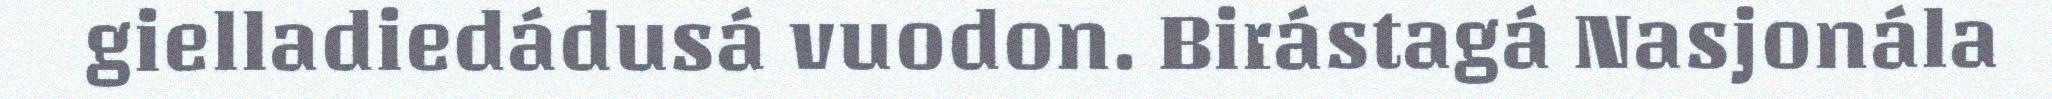
gielladiedádusá vuodon. Birástagá Nasjonála